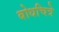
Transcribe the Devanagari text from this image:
बोधचित्रे